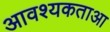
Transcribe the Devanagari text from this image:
आवश्यकताआ